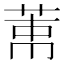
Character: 𦲐